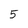
Character: 5